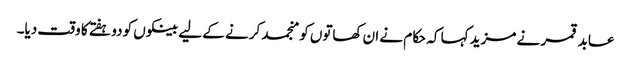
عابد قمر نے مزید کہا کہ حکام نے ان کھاتوں کو منجمد کرنے کے لیے بینکوں کو دو ہفتے کا وقت دیا۔